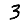
Digit: 3